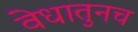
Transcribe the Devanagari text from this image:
वेधातुनच